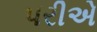
પરીએ